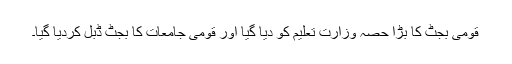
قومی بجٹ کا بڑا حصہ وزارت تعلیم کو دیا گیا اور قومی جامعات کا بجٹ ڈبل کردیا گیا۔